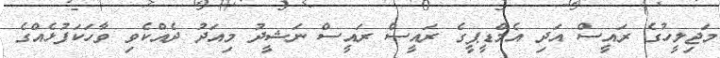
މަޖިލީހުގެ ރައީސް އަދި އެމްޑީޕީގެ ރައީސް ރައީސް ނަޝީދު މިއަދު ދެއްކެވި ވާހަކަފުޅެއްގެ